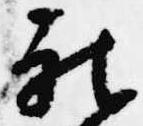
被